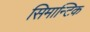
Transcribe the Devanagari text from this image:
सिमान्टिक